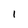
Character: 1